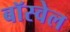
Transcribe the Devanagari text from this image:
बॉस्वेल